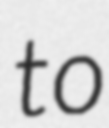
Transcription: to